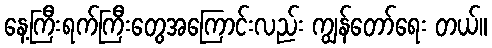
နေ့ကြီးရက်ကြီးတွေအကြောင်းလည်း ကျွန်တော်ရေး တယ်။